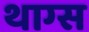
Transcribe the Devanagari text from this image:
थाग्स